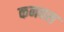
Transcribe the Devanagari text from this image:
कनवस